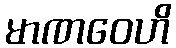
မာဏဝေဟိ